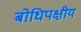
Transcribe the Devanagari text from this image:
बोधिपक्षीय